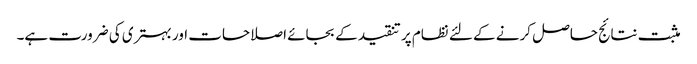
مثبت نتائج حاصل کرنے کے لئے نظام پر تنقید کے بجائے اصلاحات اور بہتری کی ضرورت ہے۔